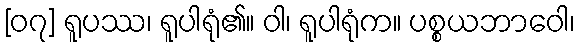
[၀၇] ရူပဿ၊ ရူပါရုံ၏။ ဝါ၊ ရူပါရုံက။ ပစ္စယဘာဝေါ၊